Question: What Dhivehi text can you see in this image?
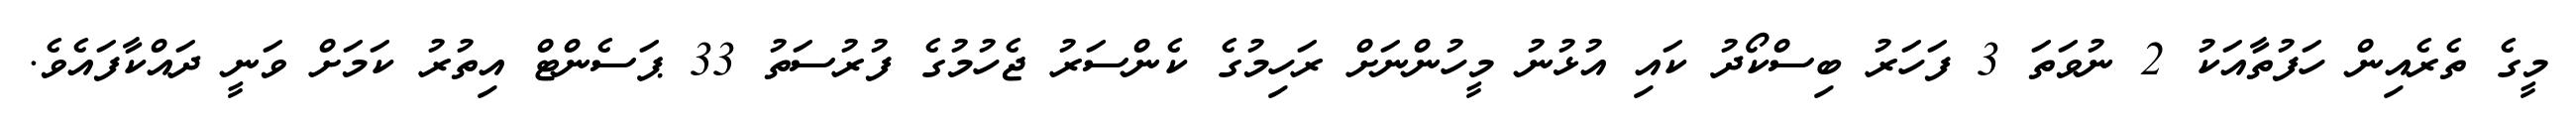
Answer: މީގެ ތެރެއިން ހަފުތާއަކު 2 ނުވަތަ 3 ފަހަރު ބިސްކޯދު ކައި އުޅުނު މީހުންނަށް ރަހިމުގެ ކެންސަރު ޖެހުމުގެ ފުރުސަތު 33 ޕަސެންޓް އިތުރު ކަމަށް ވަނީ ދައްކާފައެވެ.